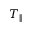
T _ { \parallel }